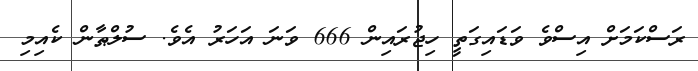
ރަސްކަމަށް އިސްވެ ވަޑައިގަތީ ހިޖުރައިން 666 ވަނަ އަހަރު އެވެ. ސުލްޠާން ކެއިމި